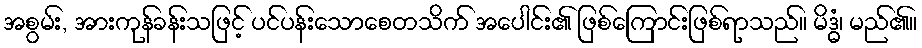
အစွမ်း, အားကုန်ခန်းသဖြင့် ပင်ပန်းသောစေတသိက် အပေါင်း၏ ဖြစ်ကြောင်းဖြစ်ရာသည်။ မိဒ္ဓံ၊ မည်၏။